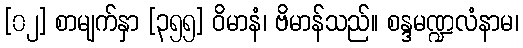
[၀၂] စာမျက်နှာ [၃၅၅] ဝိမာနံ၊ ဗိမာန်သည်။ စန္ဒမဏ္ဍလံနာမ၊